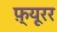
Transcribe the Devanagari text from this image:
फ़्यूरर